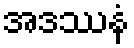
အဒဿနံ